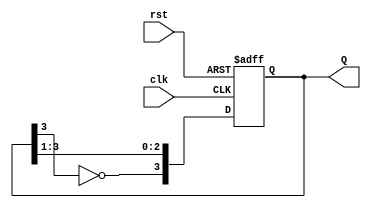
module johnson_counter #(
    parameter N = 4  // Number of flip-flops (must be even)
)(
    input wire clk,   // Clock signal
    input wire rst,   // Asynchronous reset signal
    output reg [N-1:0] Q  // Output state of the counter
);

    // Internal signal for the inverted output of the last flip-flop
    wire feedback;

    // Assign feedback as the inverted output of the last flip-flop
    assign feedback = ~Q[N-1];

    // Always block for the Johnson counter operation
    always @(posedge clk or posedge rst) begin
        if (rst) begin
            // Asynchronous reset: set all flip-flops to 0
            Q <= {N{1'b0}};
        end else begin
            // Shift the states and feed back the inverted last output
            Q <= {feedback, Q[N-1:1]};
        end
    end

endmodule